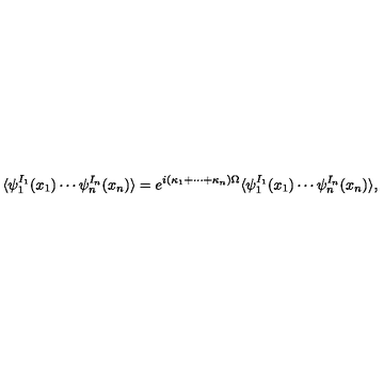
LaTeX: \langle \psi _ { 1 } ^ { I _ { 1 } } ( x _ { 1 } ) \cdots \psi _ { n } ^ { I _ { n } } ( x _ { n } ) \rangle = e ^ { i ( \kappa _ { 1 } + \cdots + \kappa _ { n } ) \Omega } \langle \psi _ { 1 } ^ { I _ { 1 } } ( x _ { 1 } ) \cdots \psi _ { n } ^ { I _ { n } } ( x _ { n } ) \rangle ,